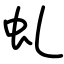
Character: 虬